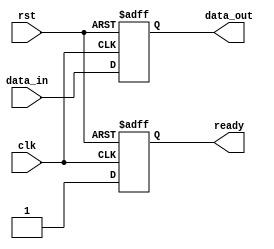
module reset_condition (
    input wire clk,          // Clock signal
    input wire rst,          // Reset signal (active high)
    input wire [7:0] data_in, // Example input data
    output reg [7:0] data_out, // Example output data
    output reg ready        // Example output flag
);

// Internal state variables
reg [7:0] counter;         // Example counter variable

// Synchronous or Asynchronous Reset
// Uncomment one of the following sections based on the desired reset behavior

// Synchronous Reset
/*
always @(posedge clk) begin
    if (rst) begin
        // Initialize internal variables and outputs
        counter <= 8'b0;
        data_out <= 8'b0;
        ready <= 1'b0;
    end else begin
        // Normal operation logic here
        counter <= counter + 1; // Example operation
        data_out <= data_in;    // Example operation
        ready <= 1'b1;          // Example operation
    end
end
*/

// Asynchronous Reset
always @(posedge clk or posedge rst) begin
    if (rst) begin
        // Initialize internal variables and outputs
        counter <= 8'b0;
        data_out <= 8'b0;
        ready <= 1'b0;
    end else begin
        // Normal operation logic here
        counter <= counter + 1; // Example operation
        data_out <= data_in;    // Example operation
        ready <= 1'b1;          // Example operation
    end
end

endmodule